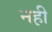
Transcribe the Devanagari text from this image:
नह़ी